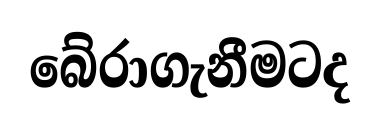
බේරාගැනීමටද